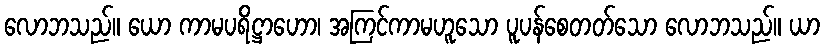
လောဘသည်။ ယော ကာမပရိဋ္ဌာဟော၊ အကြင်ကာမဟူသော ပူပန်စေတတ်သော လောဘသည်။ ယာ